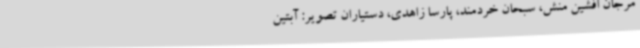
مرجان افشین منش، سبحان خردمند، پارسا زاهدی، دستیاران تصویر: آبتین